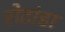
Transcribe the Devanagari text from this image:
रोटांडा